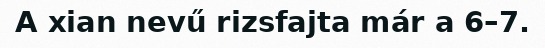
A xian nevű rizsfajta már a 6–7.